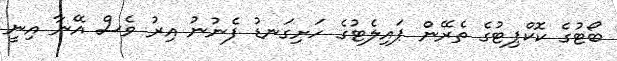
ބޯޓުގެ ކޮޮކްޕިޓުގެ ތެރޭން ޕައިލެޓުގެ ހަށިގަނޑު ފެނުނު އިރު ވެސް އޭނާ އިނީ